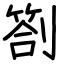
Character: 劄